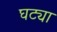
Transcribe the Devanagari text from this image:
घट्या